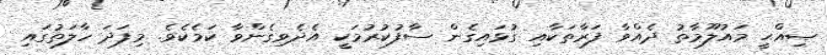
ޞިއްޙީ މައުލޫމާތު ދެއްވާ ފަރާތަކާއި ގުޅައިގެން ސާފުކުރުމަކީ އެދެވިގެންވާ ކަމެކެވެ. މިފަދަ ހާލަތުގައި